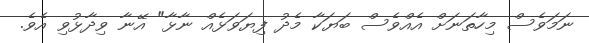
ނަމަވެސް މިހާތަނަށް އެއްވެސް ބަޔަކާ މެދު ފިޔަވަޅެއް ނާޅާ" އޭނާ ވިދާޅުވި އެވެ.